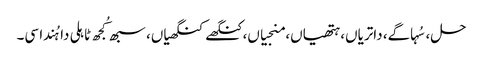
حل، سُہاگے، داتریاں، ہتھیاں، منجیاں، کنگھے کنگھیاں، سبھ کُجھ ٹاہلی دا ہُندا سی۔